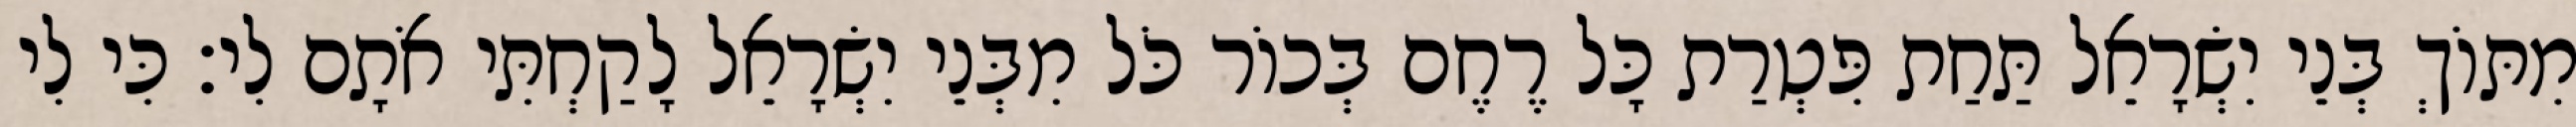
מִתּוֹךְ בְּנֵי יִשְׂרָאֵל תַּחַת פִּטְרַת כָּל רֶחֶם בְּכוֹר כֹּל מִבְּנֵי יִשְׂרָאֵל לָקַחְתִּי אֹתָם לִי׃ כִּי לִי